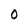
Character: 0